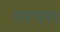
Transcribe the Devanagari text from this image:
थरथरा